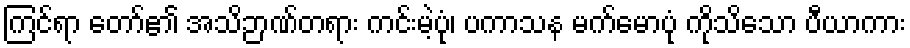
ကြင်ရာ တော်၏ အသိဉာဏ်တရား ကင်းမဲ့ပုံ၊ ပကာသန မက်မောပုံ ကိုသိသော ပီယာကား